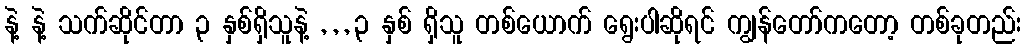
နဲ့ နဲ့ သက်ဆိုင်တာ ၃ နှစ်ရှိသူနဲ့ , , , ၃ နှစ် ရှိသူ တစ်ယောက် ရွေးပါဆိုရင် ကျွန်တော်ကတော့ တစ်ခုတည်း